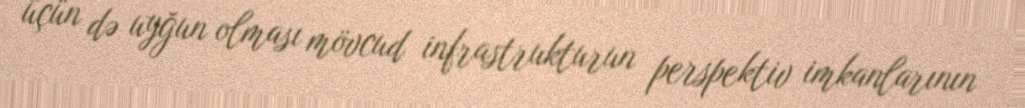
üçün də uyğun olması mövcud infrastrukturun perspektiv imkanlarının